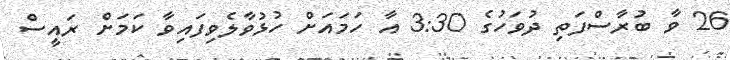
26 ވާ ބުރާސްފަތި ދުވަހުގެ 3:30 އާ ހަމައަށް ހުޅުވާލެވިފައިވާ ކަމަށް ރައީސް